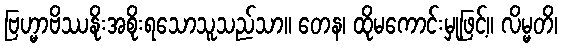
ဗြဟ္မာဗိဿနိုးအစိုးရသောသူသည်သာ။ တေန၊ ထိုမကောင်းမှုဖြင့်။ လိမ္မတိ၊